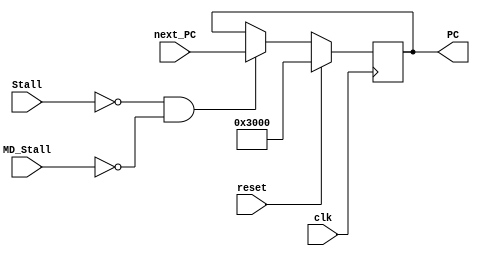
`timescale 1ns / 1ps
//////////////////////////////////////////////////////////////////////////////////
module PC(
    input clk,
    input reset,
    input [31:0] next_PC,
	 input Stall,//Stall=1PC
	 input MD_Stall,
    output reg [31:0] PC
    );
	 
	 initial
	 begin
	    PC=32'h00003000;
	 end
	 
	 always @(posedge clk)
	 begin
	    if(reset==1)
		    PC<=32'h00003000;
		 else if(Stall!=1&&MD_Stall!=1)
		    PC<=next_PC;
	 end

endmodule